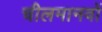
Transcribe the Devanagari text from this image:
चीलमानवों